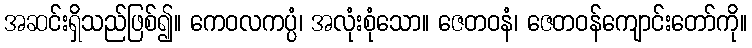
အဆင်းရှိသည်ဖြစ်၍။ ကေဝလကပ္ပံ၊ အလုံးစုံသော။ ဇေတဝနံ၊ ဇေတဝန်ကျောင်းတော်ကို။